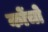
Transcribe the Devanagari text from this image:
कोंचो